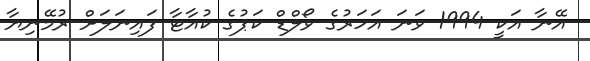
އޭނާ އަކީ 1994 ވަނަ އަހަރުގެ ވޯލްޑް ކަޕުގެ ކުއާޓާ ފައިނަލަށް ރުމޭނިޔާ